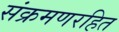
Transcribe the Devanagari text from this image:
संक्रमणरहित